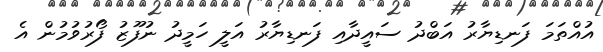
އުއްތަމަ ފަނޑިޔާރު އަބްދު ސައީދާއި ފަނޑިޔާރު އަލީ ހަމީދު ނުފޫޒު ފޯރުވުމުން އެ